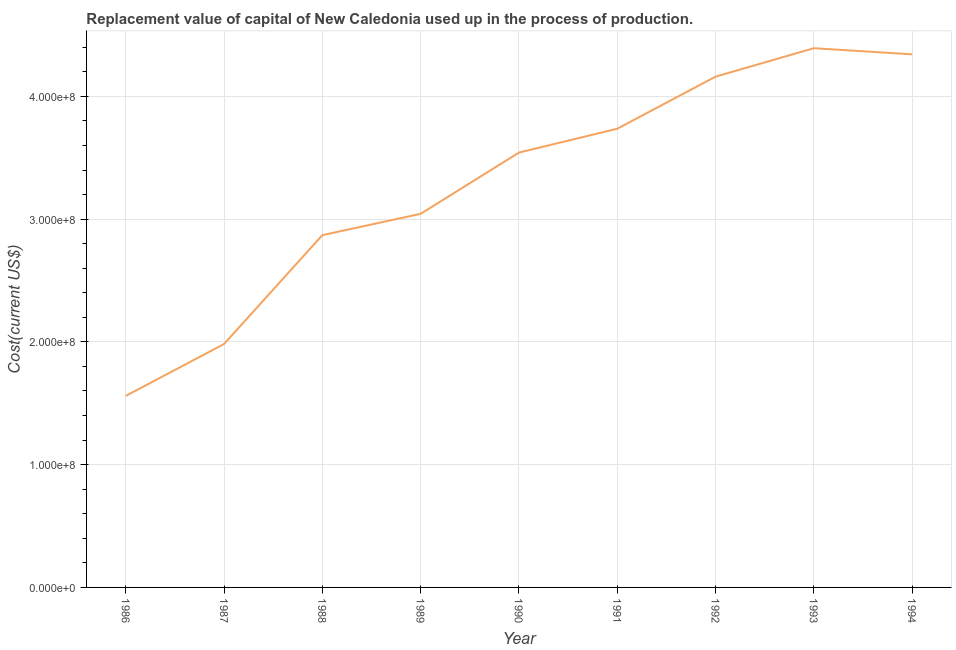
| Year | Consumption of fixed capital |
 | --- | --- |
 | 1986 | 1.56e+08 |
 | 1987 | 1.98e+08 |
 | 1988 | 2.87e+08 |
 | 1989 | 3.04e+08 |
 | 1990 | 3.54e+08 |
 | 1991 | 3.74e+08 |
 | 1992 | 4.16e+08 |
 | 1993 | 4.39e+08 |
 | 1994 | 4.34e+08 |